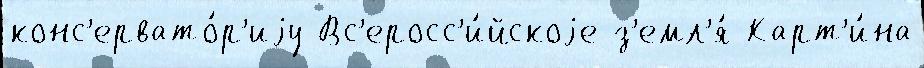
конс'ервато́р'иjу Вс'еросс'и́йскоjе з'емл'я́ Карт'и́на